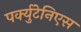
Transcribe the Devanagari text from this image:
पर्क्युटेनिएस